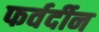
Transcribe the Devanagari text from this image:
फर्वर्दीन